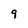
Character: 9